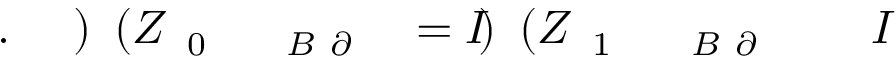
I \! \! \! \! \! \! \! \! \! \! \! \! _ { \! \! \! \! \! \! \! \! \! \! \! \! \partial \! \! \! \! \! \! \! \! \! \! \! \! B \! \! \! \! \! \! \! \! \! \! \! \! _ { \! } \! \! \! \! \! \! \! \! \! \! \! 1 } \! \! \! \! \! \! \! \! \! \! \! \! ( Z \! \! \! \! \! \! \! \! \! \! \! \! ) \! \! \! \! \! \! \! \! \! \! \! \! = I \! \! \! \! \! \! \! \! \! \! \! \! _ { \! \! \! \! \! \! \! \! \! \! \! \! \partial \! \! \! \! \! \! \! \! \! \! \! \! B \! \! \! \! \! \! \! \! \! \! \! \! _ { \! } \! \! \! \! \! \! \! \! \! \! \! 0 } \! \! \! \! \! \! \! \! \! \! \! \! ( Z \! \! \! \! \! \! \! \! \! \! \! \! ) \! \! \! \! \! \! \! \! \! \! \! \! . \! \! \! \! \! \! \! \! \! \! \!